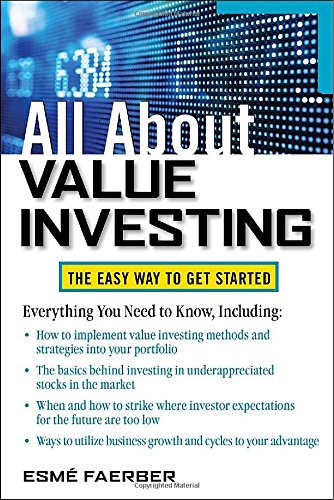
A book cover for All About Value Investing (All About Series); Esme Faerber; Business & Money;